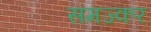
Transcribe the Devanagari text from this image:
समज्कर